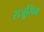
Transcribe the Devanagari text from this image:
राजूसिंग